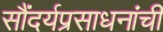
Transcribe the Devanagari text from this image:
सौंदर्यप्रसाधनांची